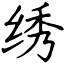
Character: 绣